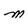
Character: M